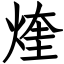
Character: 煃